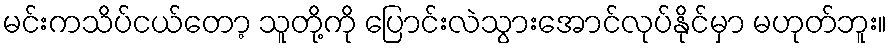
မင်းကသိပ်ငယ်တော့ သူတို့ကို ပြောင်းလဲသွားအောင်လုပ်နိုင်မှာ မဟုတ်ဘူး။